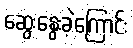
ဆွေးနွေးခဲ့ကြောင်း